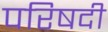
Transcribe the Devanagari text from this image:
परिषदी